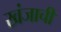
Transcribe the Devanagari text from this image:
खंजाची